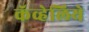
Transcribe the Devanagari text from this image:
कॅव्हेलिये